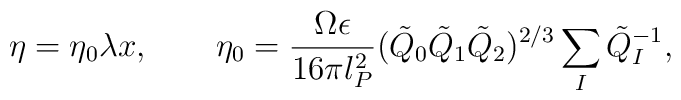
\eta = \eta _{0}\lambda x, \qquad\eta_0 = \frac{\Omega \epsilon }{16\pi l_P^2}(\tilde{Q}_0\tilde{Q}_1\tilde{Q}_2)^{2/3}\sum_I\tilde{Q}_I^{-1},